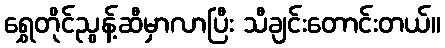
ရွှေတိုင်ညွန့်ဆီမှာလာပြီး သီချင်းတောင်းတယ်။